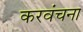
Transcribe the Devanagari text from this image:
करवंचना